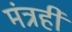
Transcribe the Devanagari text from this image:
मंत्रही